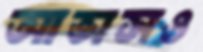
আভাসও